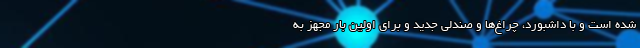
شده است و با داشبورد، چراغ‌ها و صندلی جدید و برای اولین بار مجهز به